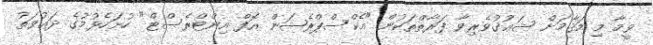
ވީމާ މި މަޤާމަށް ޝަޢުޤުވެރިވާ ފަރާތްތަކުން "އެކްސްޕްރެޝަން އޮފް އިންޓްރެސްޓް" ހުށަހެޅުމުގެ ދަޢުވަތު